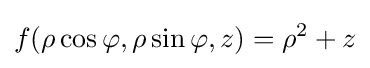
f(\rho \cos \varphi ,\rho \sin \varphi ,z)=\rho ^{2}+z